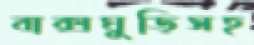
বাক্সঘুড়িসহ